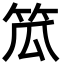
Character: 笟